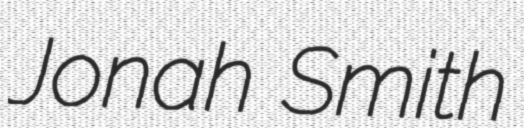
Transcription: Jonah Smith